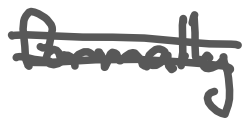
Text: formally
Cross-out: double-line
Writing tool: digital_gray